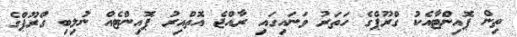
ތިން ޕޮއިންޓާއެކު ގްރޫޕްގެ ހަތަރު ވަނައިގައި ރާއްޖެ އޮތްއިރު ޕޮއިންޓެއް ނުލިބި ގްރޫޕްގެ